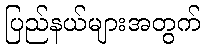
ပြည်နယ်များအတွက်